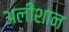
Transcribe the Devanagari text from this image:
अलीशान